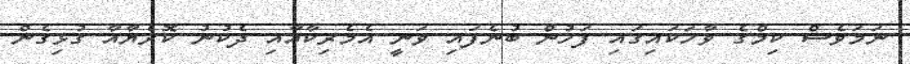
ނަމަވެސް ކިމްގެ ވާހަކައިގަައި ފަހުން ބުނެފައި ވަނީ އެމެރިކާއާއި ދެކުނު ކޮރެޔާއާ ގުޅިގެން